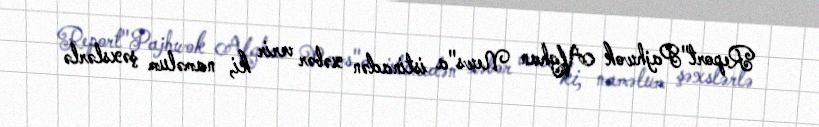
Report"Pajhwok Afghan News"a istinadən xəbər verir ki, naməlum şəxslərlə